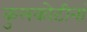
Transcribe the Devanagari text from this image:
कुलकोटीनां